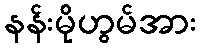
နန်းမိုဟွမ်အား